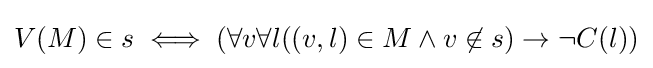
V(M)\in s\iff (\forall v\forall l((v,l)\in M\land v\not \in s)\to \neg C(l))